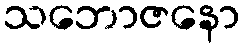
သဘောဇနော